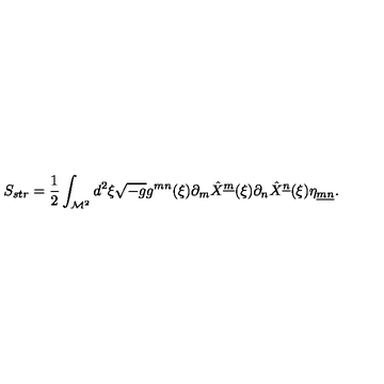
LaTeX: S _ { s t r } = { \frac { 1 } { 2 } } \int _ { { \cal M } ^ { 2 } } d ^ { 2 } \xi \sqrt { - g } g ^ { m n } ( \xi ) \partial _ { m } \hat { X } ^ { \underline { { m } } } ( \xi ) \partial _ { n } \hat { X } ^ { \underline { { n } } } ( \xi ) \eta _ { \underline { { m } } \underline { { n } } } .